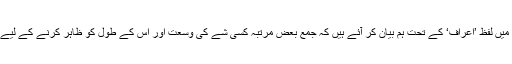
سورۂ اعراف میں لفظ ’اعراف‘ کے تحت ہم بیان کر آئے ہیں کہ جمع بعض مرتبہ کسی شے کی وسعت اور اس کے طول کو ظاہر کرنے کے لیے بھی آتی ہے۔